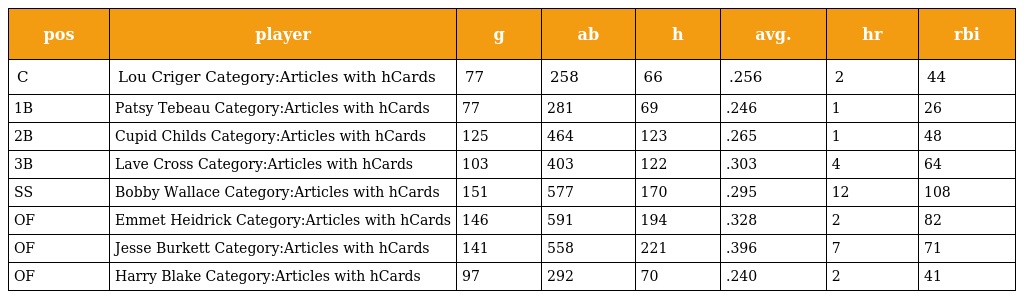
| pos | player | g | ab | h | avg. | hr | rbi |
 | --- | --- | --- | --- | --- | --- | --- | --- |
 | C | Lou Criger Category:Articles with hCards | 77 | 258 | 66 | .256 | 2 | 44 |
 | 1B | Patsy Tebeau Category:Articles with hCards | 77 | 281 | 69 | .246 | 1 | 26 |
 | 2B | Cupid Childs Category:Articles with hCards | 125 | 464 | 123 | .265 | 1 | 48 |
 | 3B | Lave Cross Category:Articles with hCards | 103 | 403 | 122 | .303 | 4 | 64 |
 | SS | Bobby Wallace Category:Articles with hCards | 151 | 577 | 170 | .295 | 12 | 108 |
 | OF | Emmet Heidrick Category:Articles with hCards | 146 | 591 | 194 | .328 | 2 | 82 |
 | OF | Jesse Burkett Category:Articles with hCards | 141 | 558 | 221 | .396 | 7 | 71 |
 | OF | Harry Blake Category:Articles with hCards | 97 | 292 | 70 | .240 | 2 | 41 |